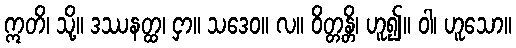
ဣတိ၊ သို့။ ဒဿနတ္ထ၊ ငှာ။ သဒေဝ။ လ။ ဝိတ္တန္တိ၊ ဟူ၍။ ဝါ၊ ဟူသော။